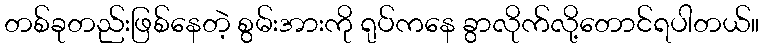
တစ်ခုတည်းဖြစ်နေတဲ့ စွမ်းအားကို ရုပ်ကနေ ခွာလိုက်လို့တောင်ရပါတယ်။